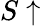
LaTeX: S\uparrow